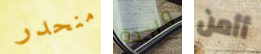
منحدر واحدة أأمن